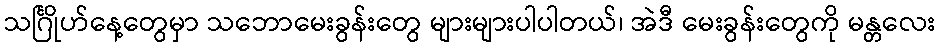
သင်္ဂြိုဟ်နေ့တွေမှာ သဘောမေးခွန်းတွေ များများပါပါတယ်၊ အဲဒီ မေးခွန်းတွေကို မန္တလေး